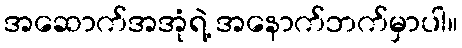
အဆောက်အအုံရဲ့ အနောက်ဘက်မှာပါ။